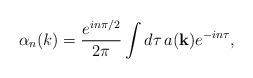
LaTeX: \begin{align*}\alpha_n(k) =\frac{e^{in\pi/2}}{2\pi}\int{d\tau\,a({\bf k})e^{-in\tau}},\end{align*}